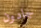
جادون